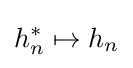
h_{n}^{*}\mapsto h_{n}